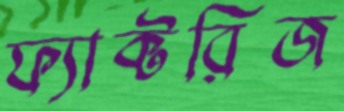
ফ্যাক্টরিজ